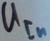
Text: UIn